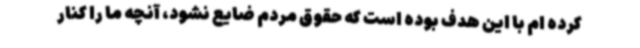
کرده ام با این هدف بوده است که حقوق مردم ضایع نشود، آنچه ما را کنار